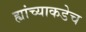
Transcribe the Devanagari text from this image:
ह्यांच्याकडेच